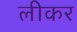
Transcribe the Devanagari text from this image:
लीकर